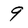
Character: 9